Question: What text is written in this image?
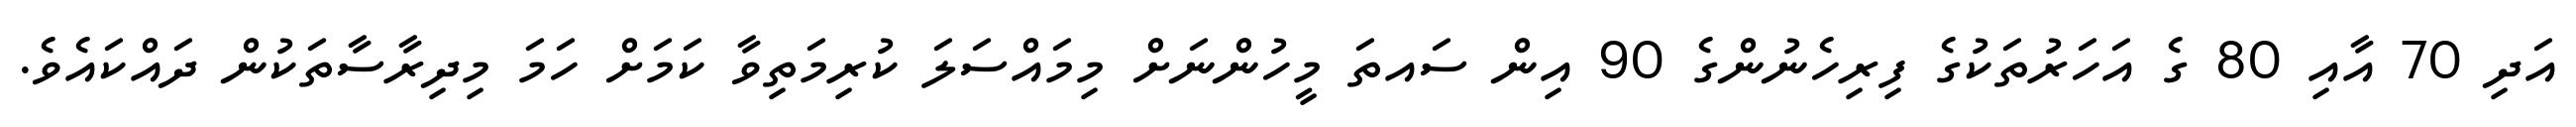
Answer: އަދި 70 އާއި 80 ގެ އަހަރުތަކުގެ ފިރިހެނުންގެ 90 އިން ސައތަ މީހުންނަށް މިމައްސަލަ ކުރިމަތިވާ ކަމަށް ހަމަ މިދިރާސާތަކުން ދައްކައެވެ.